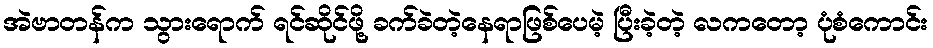
အဲဗာတန်က သွားရောက် ရင်ဆိုင်ဖို့ ခက်ခဲတဲ့နေရာဖြစ်ပေမဲ့ ပြီးခဲ့တဲ့ လကတော့ ပုံစံကောင်း